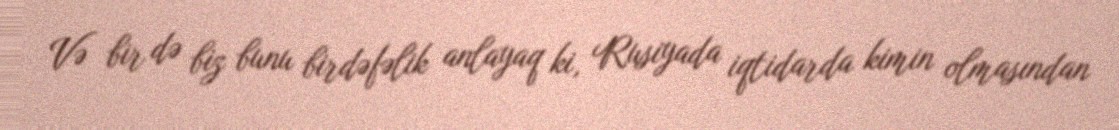
Və bir də biz bunu birdəfəlik anlayaq ki, Rusiyada iqtidarda kimin olmasından